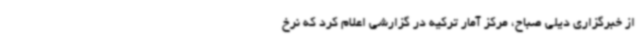
از خبرگزاری دیلی صباح، مرکز آمار ترکیه در گزارشی اعلام کرد که نرخ